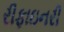
રીફાઇનરી